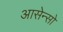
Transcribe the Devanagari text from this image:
आसेन्सो